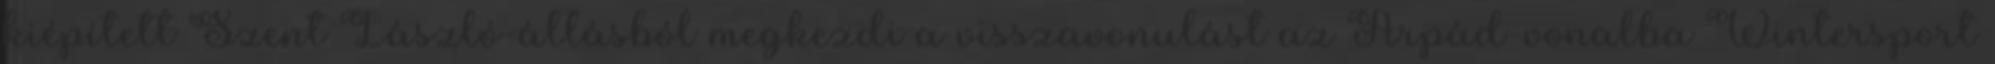
kiépített Szent László-állásból megkezdi a visszavonulást az Árpád-vonalba Wintersport